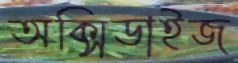
অক্সিডাইজ